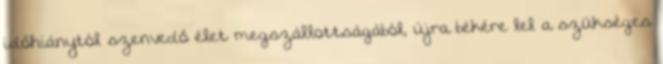
időhiánytól szenvedő élet megszállottságából, újra békére lel a szükséges